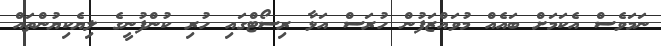
ނަމަވެސް އެކަމަށް ބައެއް މުވައްޒަފުން ހުރަސް އަޅާ ރިސޯޓްގައި ހުރި ކުންފުނީގެ ލިޔެކިޔުންތައް